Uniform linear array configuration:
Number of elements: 8
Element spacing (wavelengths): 1
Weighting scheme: cosine
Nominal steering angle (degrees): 45
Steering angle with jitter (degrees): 45.51
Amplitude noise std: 0.05
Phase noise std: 0.05

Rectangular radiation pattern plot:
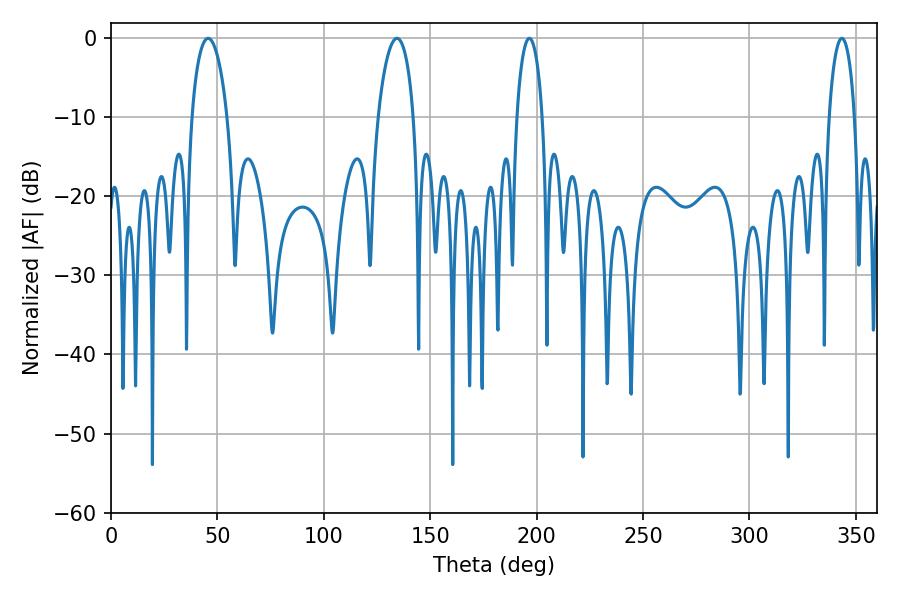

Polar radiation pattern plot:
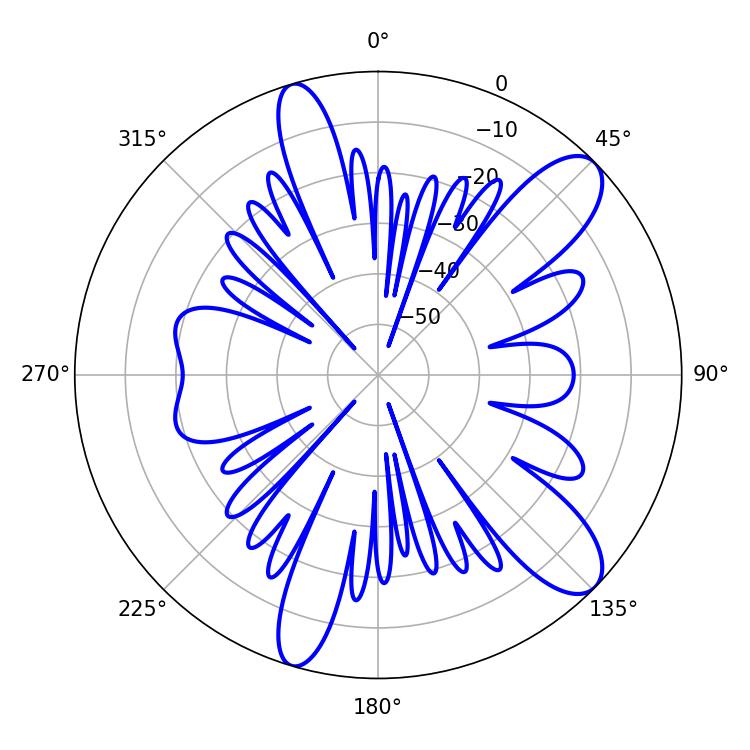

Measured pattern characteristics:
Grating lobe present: TRUE
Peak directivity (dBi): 10.525
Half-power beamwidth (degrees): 6.84
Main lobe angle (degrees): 196.56